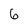
Character: 6